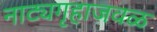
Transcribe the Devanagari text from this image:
नाट्यगृहाजवळ